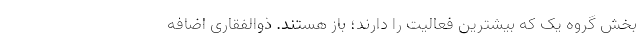
بخش گروه یک که بیشترین فعالیت را دارند؛ باز هستند. ذوالفقاری اضافه